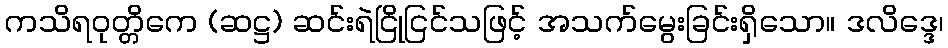
ကသိရဝုတ္တိကေ (ဆဋ္ဌ) ဆင်းရဲငြိုငြင်သဖြင့် အသက်မွေးခြင်းရှိသော။ ဒလိဒ္ဒေ၊